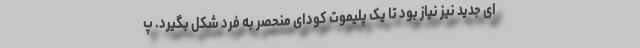
ای جدید نیز نیاز بود تا یک پلیموت کودای منحصر به فرد شکل بگیرد. پ